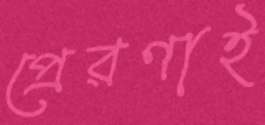
প্রেরণাই